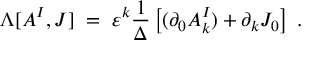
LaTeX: \Lambda [ A ^ { I } , J ] \; = \; \varepsilon ^ { k } \frac { 1 } { \Delta } \left[ ( \partial _ { 0 } A _ { k } ^ { I } ) + \partial _ { k } J _ { 0 } \right] \; .